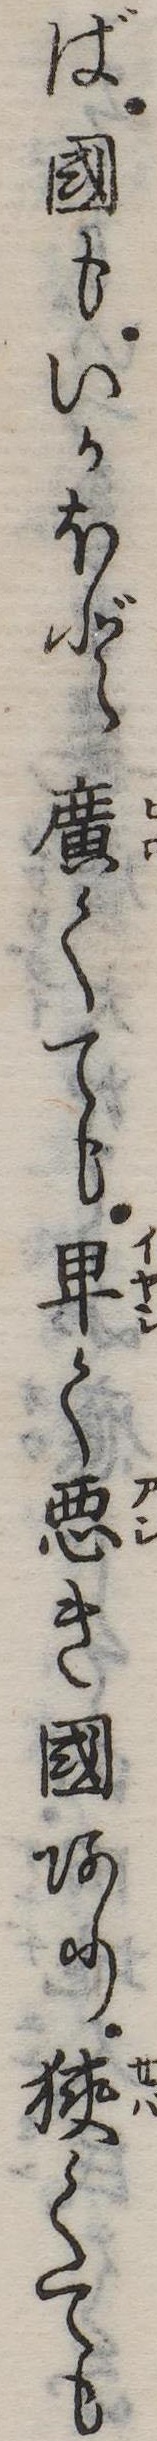
ば国もいかほど広くても卑く悪き国あり狭くても